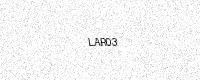
Text: LAR03